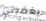
يغضبني